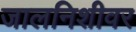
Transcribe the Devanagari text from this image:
जालनिशीवर